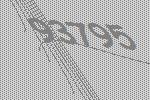
93795